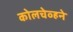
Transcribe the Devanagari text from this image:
कोलचेव्हने